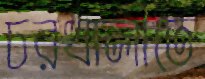
চরখালীতে